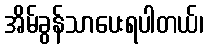
အိမ်ခွန်သာပေးရပါတယ်၊